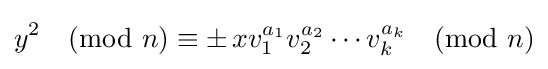
y^{2}{\pmod {n}}\equiv \pm \,xv_{1}^{a_{1}}v_{2}^{a_{2}}\cdots v_{k}^{a_{k}}{\pmod {n}}